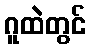
ဂူထဲတွင်